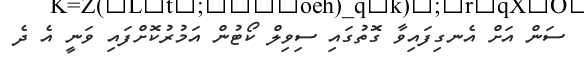
ސަން އަށް އެނގިފައިވާ ގޮތުގައި ސިވިލް ކޯޓުން އަމުރުކޮށްފައި ވަނީ އެ ދެ